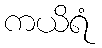
ကယိရံ